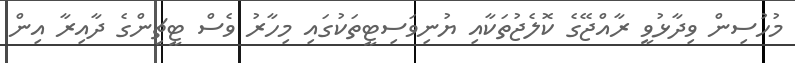
މުހުސިން ވިދާޅުވީ ރާއްޖޭގެ ކޮލެޖުތަކާއި ޔުނިވަސިޓީތަކުގައި މިހާރު ވެސް ޓީޗިންގެ ދާއިރާ އިން